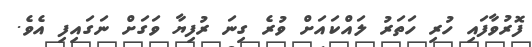
ފޮރުވާފައި ހުރި ހަތަރު ލައްކައަށް ވުރެ ގިނަ ރުފިޔާ ވަގަށް ނަގައިފި އެވެ.